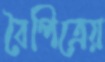
বৈপিত্রেয়